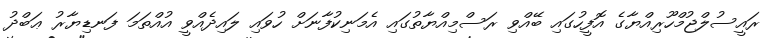
ރައީސުލްޖުމްހޫރިއްޔާގެ އޮފީހުގައި ބޭއްވި ރަސްމިއްޔާތުގައި އެމަނިކުފާނަށް ހުވައި ލައިދެއްވީ އުއްތަމަ ފަނޑިޔާރު ޢަބްދު